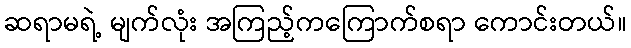
ဆရာမရဲ့ မျက်လုံး အကြည့်ကကြောက်စရာ ကောင်းတယ်။